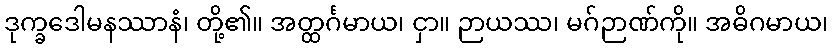
ဒုက္ခဒေါမနဿာနံ၊ တို့၏။ အတ္ထင်္ဂမာယ၊ ငှာ။ ဉာယဿ၊ မဂ်ဉာဏ်ကို။ အဓိဂမာယ၊